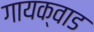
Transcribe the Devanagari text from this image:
गायक्वाड